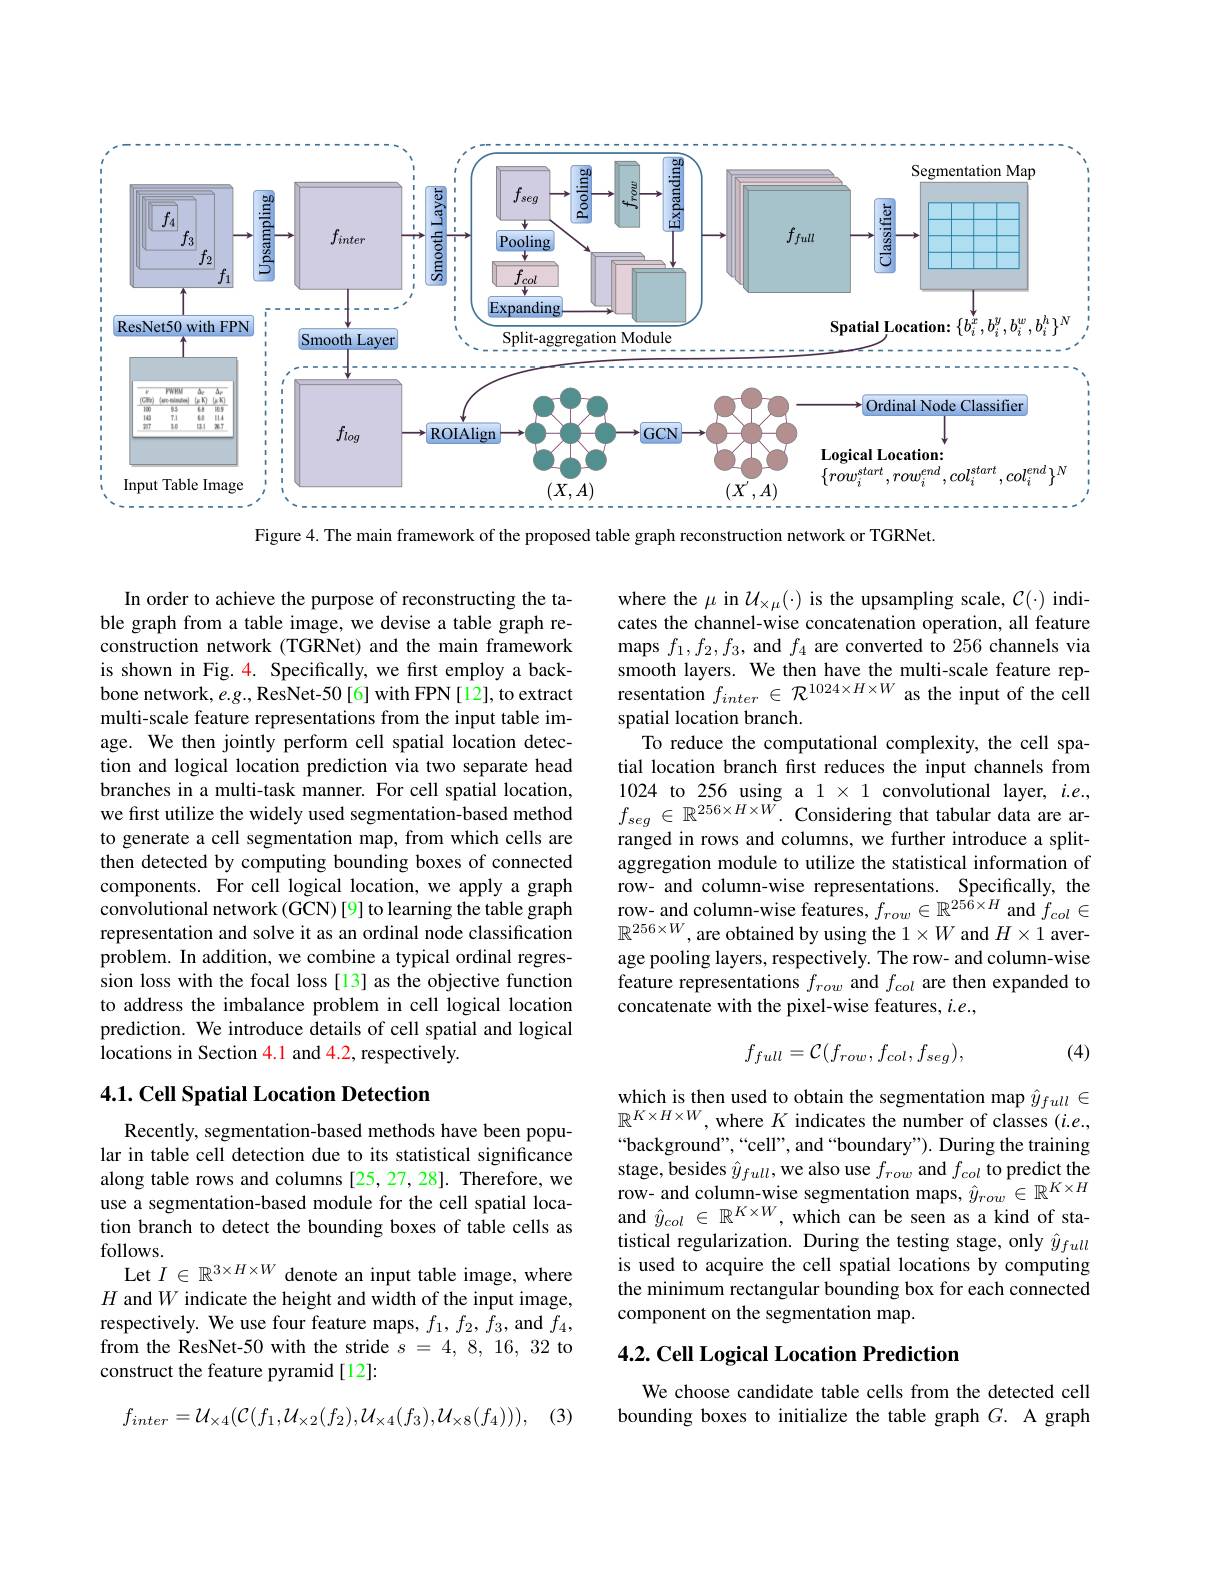
<FigureHere>
Figure 4. The main framework of the proposed table graph reconstruction network or TGRNet.

In order to achieve the purpose of reconstructing the table graph from a table image, we devise a table graph reconstruction network (TGRNet) and the main framework is shown in Fig. 4. Specifically, we fırst employ a backbone network, e.g., ResNet-50[6] with FPN[12], to extract multi-scale feature representations from the input table image. We then jointly perform cell spatial location detection and logical location prediction via two separate head branches in a multi-task manner. For cell spatial location, we first utilize the widely used segmentation-based method to generate a cell segmentation map, from which cells are then detected by computing bounding boxes of connected components. For cell logical location, we apply a graph $\hat{\text{convolutional network(GCN)[9] to learning the table graph}}$ representation and solve it as an ordinal node classification problem. In addition, we combine a typical ordinal regression loss with the focal loss [13] as the objective function to address the imbalance problem in cell logical location prediction. We introduce details of cell spatial and logical locations in Section 4.1 and 4.2, respectively

### 4.1. Cell Spatial Location Detection

Recently, segmentation-based methods have been popular in table cell detection due to its statistical significance along table rows and columns [25,27,28]. Therefore, we use a segmentation-based module for the cell spatial location branch to detect the bounding boxes of table cells as follows.
Let $I\in\mathbb{R}^{3\times H\times W}$ denote an input table image, where $H$ and $W$ indicate the height and width of the input image, respectively. We use four feature maps, $f_1,f_2,f_3$, and $f_4$, from the ResNet-50 with the stride $s=4,8,16,32$ to construct the feature pyramid[12]:

, (3)
$$f_{inter}=\mathcal{U}_{\times4}(\mathcal{C}(f_{1},\mathcal{U}_{\times2}(f_{2}),\mathcal{U}_{\times4}(f_{3}),\mathcal{U}_{\times8}(f_{4}))),$$
where the $\mu$ in $\mathcal{U}_\times\mu(\cdot)$ is the upsampling scale, $\mathcal{C}(\cdot)$ indicates the channel-wise concatenation operation, all feature maps $f_1,f_2,f_3$, and $f_4$ are converted to 256 channels via smooth layers. We then have the multi-scale feature representation $f_{inter}\in\mathcal{R}^{1024\times H\times W}$ as the input of the cell spatial location branch.
To reduce the computational complexity, the cell spatial location branch first reduces the input channels from 1024 to 256 using a $1\times1$ convolutional layer, $i.e.$, $f_{seg}\in\mathbb{R}^{256\times H\times W}.$ Considering that tabular data are arranged in rows and columns, we further introduce a splitaggregation module to utilize the statistical information of row- and column-wise representations. Specifically, the row- and column-wise features, $f_{row}\in\mathbb{R}^{256\times H}$ and $f_{col}\in$ $\mathbb{R}^{256\times W}$, are obtained by using the $1\times W$ and $H\times1$ average pooling layers, respectively. The row- and column-wise feature representations $f_{row}$ and $f_{col}$ are then expanded to concatenate with the pixel-wise features, $i.e.$,
$$f_{full}=\mathcal{C}(f_{row},f_{col},f_{seg}),$$
(4)

$\underset{\mathbb{P}}{\operatorname*{\text{which is then used to obtain the segmentation map }}}\hat{y}_{full}\in$ $\mathbb{R}^{K\times H\times W}$, where $K$ indicates the number of classes $(i.e.$, “background”,“cell”, and“boundary”). During the training stage, besides $\hat{y}_full$,we also use $f_row$ and $f_col$ to predict the $\begin{array}{l}{\mathrm{row-~and~column-wise~segmentation~maps,~}\hat{y}_{row}\in\mathbb{R}^{K\times H}}\\{\mathrm{and~}\hat{y}_{col}\in\mathbb{R}^{K\times W},\mathrm{~which~can~be~seen~as~a~kind~of~sta-}}\end{array}$ tistical regularization. During the testing stage, only $\hat{y}_{full}$ is used to acquire the cell spatial locations by computing the minimum rectangular bounding box for each connected component on the segmentation map.

## 4.2. Cell Logical Location Prediction

We choose candidate table cells from the detected cell bounding boxes to initialize the table graph $G.$ A graph